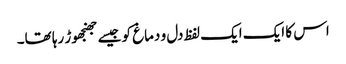
اس کا ایک ایک لفظ دل و دماغ کو جیسے جھنجھوڑ رہا تھا۔